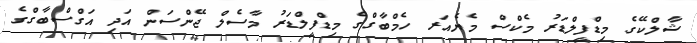
ޝާލްކޭގެ މިޑްފީލްޑަރު މެކްސް މެޔެއަރ ހެމްބާގްގެ މިޑްފީލްޑަރު މާސެލް ޖޭންސަން އަދި އަގްސްބާގްގެ